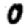
Digit: 0